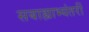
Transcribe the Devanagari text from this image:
सबाह्याभ्यंतरीं